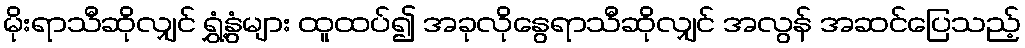
မိုးရာသီဆိုလျှင် ရွှံ့နွံများ ထူထပ်၍ အခုလိုနွေရာသီဆိုလျှင် အလွန် အဆင်ပြေသည့်